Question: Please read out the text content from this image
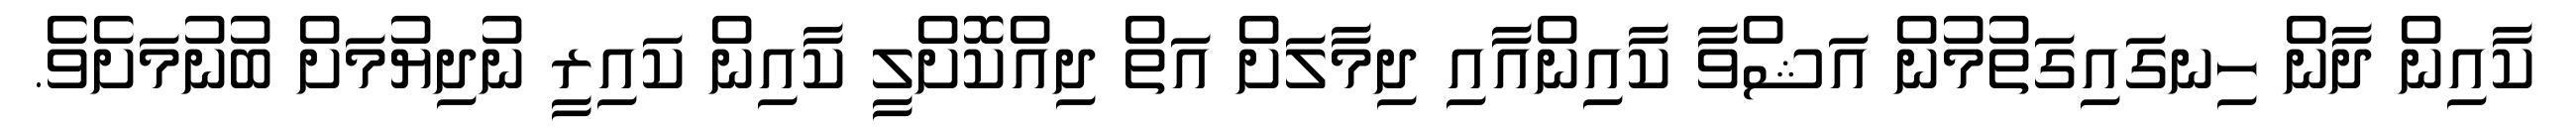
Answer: ކާއިން ދާން ހިނގައިގަތުމުން އަޝްވާ ކާއިންއާއި ދިމާލަށް އަތް ދިއްކޮށްލީ ކާއިން ކައިރީ ނުދިޔުމަށް ބުނުމަށެވެ.